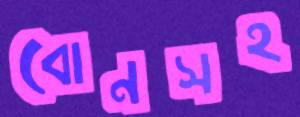
বোনসহ